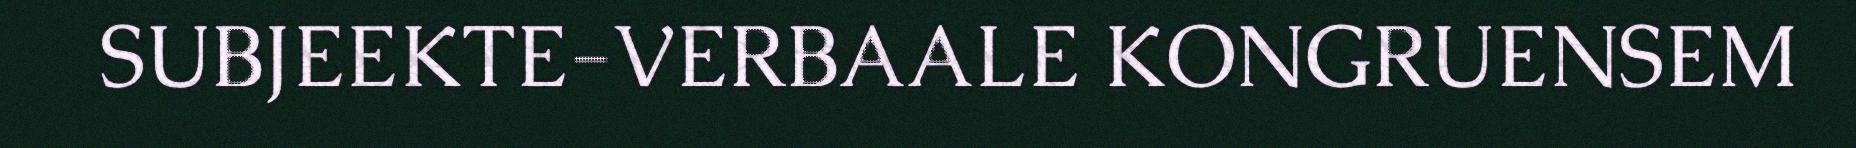
SUBJEEKTE-VERBAALE KONGRUENSEM